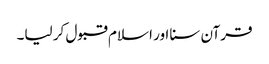
قرآن سنا اور اسلام قبول کر لیا۔